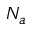
N _ { a }